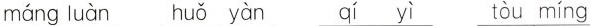
máng luàn huǒ yàn qí yì tòu míng